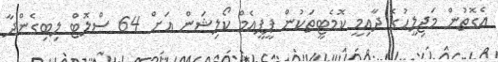
އެގޮތުން މަޖިލީހުގެ ދާއިމީ ކޮމެޓީތަކުން ޕީޕީއެމް ކޯލިޝަން އަށް 64 ސްލޮޓް ލިބިގެންދާ